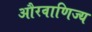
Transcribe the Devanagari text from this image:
औरवाणिज्य